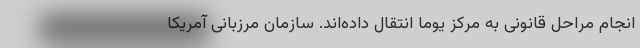
انجام مراحل قانونی به مرکز یوما انتقال داده‌اند. سازمان مرزبانی آمریکا